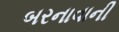
બરનાવાની